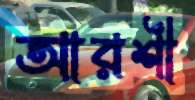
আরশী